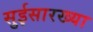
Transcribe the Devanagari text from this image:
सुईसारख्या